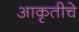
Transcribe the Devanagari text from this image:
आकृतीचे